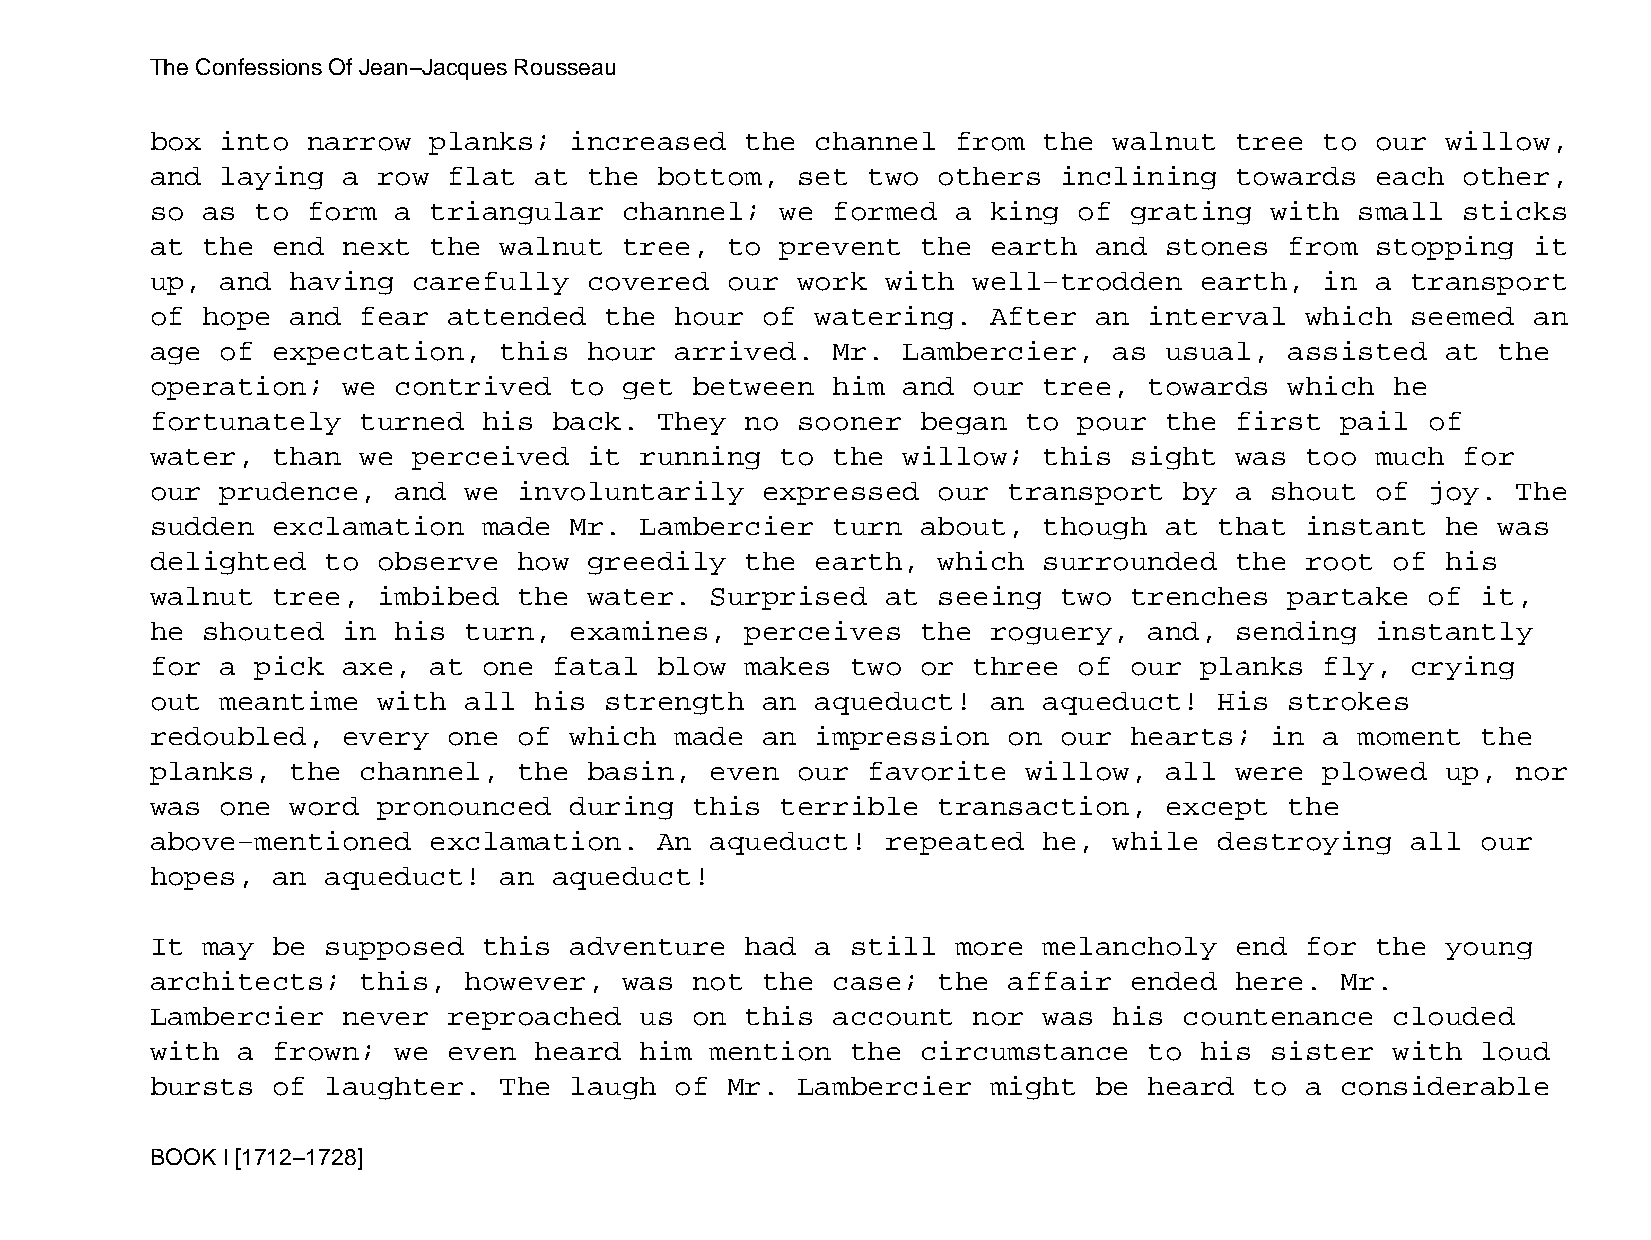
The Confessions Of Jean−Jacques Rousseau
 box  into narrow  planks;   increased  the  channel  from  the  walnut  tree  to our  willow,
 and  laying  a row  flat at  the  bottom,  set two  others  inclining   towards  each  other,
 so as  to form  a triangular   channel;   we formed  a  king of  grating  with  small  sticks
 at the  end  next the  walnut  tree,  to  prevent  the  earth and  stones  from  stopping  it
 up,  and having  carefully   covered  our  work  with well−trodden   earth,   in a transport
 of hope  and  fear  attended  the  hour of  watering.   After an  interval  which  seemed  an
 age  of expectation,   this  hour  arrived.  Mr.  Lambercier,   as usual,  assisted   at the
 operation;   we contrived   to get  between  him  and our  tree,  towards  which  he
 fortunately   turned  his  back.  They no  sooner  began  to pour  the  first  pail  of
 water,  than  we perceived   it running   to the  willow;  this  sight  was too  much  for
 our  prudence,  and  we involuntarily   expressed   our  transport  by  a shout  of  joy. The
 sudden  exclamation   made  Mr. Lambercier   turn  about,  though  at  that instant   he was
 delighted   to observe  how  greedily  the  earth,  which  surrounded   the root  of  his
 walnut  tree,  imbibed  the  water.  Surprised   at seeing  two  trenches  partake   of it,
 he shouted   in his  turn,  examines,  perceives   the  roguery,  and,  sending  instantly
 for  a pick  axe, at  one  fatal  blow makes  two  or three  of  our planks   fly, crying
 out  meantime  with  all his  strength  an  aqueduct!   an aqueduct!   His strokes
 redoubled,   every  one of  which  made an  impression   on our  hearts;  in  a moment  the
 planks,  the  channel,  the  basin,  even  our favorite   willow,  all  were  plowed  up, nor
 was  one word  pronounced   during  this  terrible  transaction,   except  the
 above−mentioned   exclamation.    An aqueduct!   repeated  he,  while  destroying  all  our
 hopes,  an  aqueduct!  an  aqueduct!
 It may  be  supposed  this  adventure  had  a still  more  melancholy   end for  the  young
 architects;   this,  however,  was  not the  case;  the  affair  ended  here.  Mr.
 Lambercier   never  reproached  us  on this  account  nor  was  his countenance   clouded
 with  a frown;  we  even heard  him  mention  the  circumstance   to his  sister  with  loud
 bursts  of  laughter.  The  laugh  of Mr.  Lambercier   might be  heard  to a  considerable
 BOOK I [1712−1728]